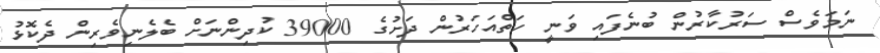
ނަމަވެސް ސަރުކާރުން ބުނެފައި ވަނީ ހަތްއަހަރުން ދަށުގެ 39000 ކުދިންނަށް ބެލެނިވެރިން ދެކޮޅު